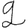
Digit: 2